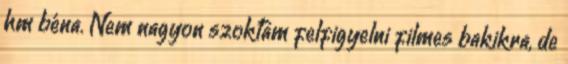
hm béna. Nem nagyon szoktam felfigyelni filmes bakikra, de